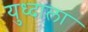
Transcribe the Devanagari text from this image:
युध्दाला